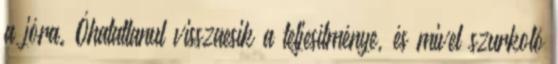
a jóra. Óhatatlanul visszaesik a teljesítménye, és mivel szurkoló